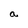
Character: a